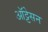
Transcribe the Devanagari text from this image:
ऑट्टेसन